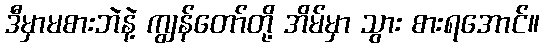
ဒီမှာမစားဘဲနဲ့ ကျွန်တော်တို့ အိမ်မှာ သွား စားရအောင်။